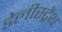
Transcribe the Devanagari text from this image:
डेलीस्ट्रेंथ